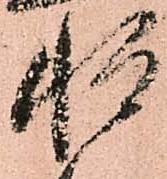
惶